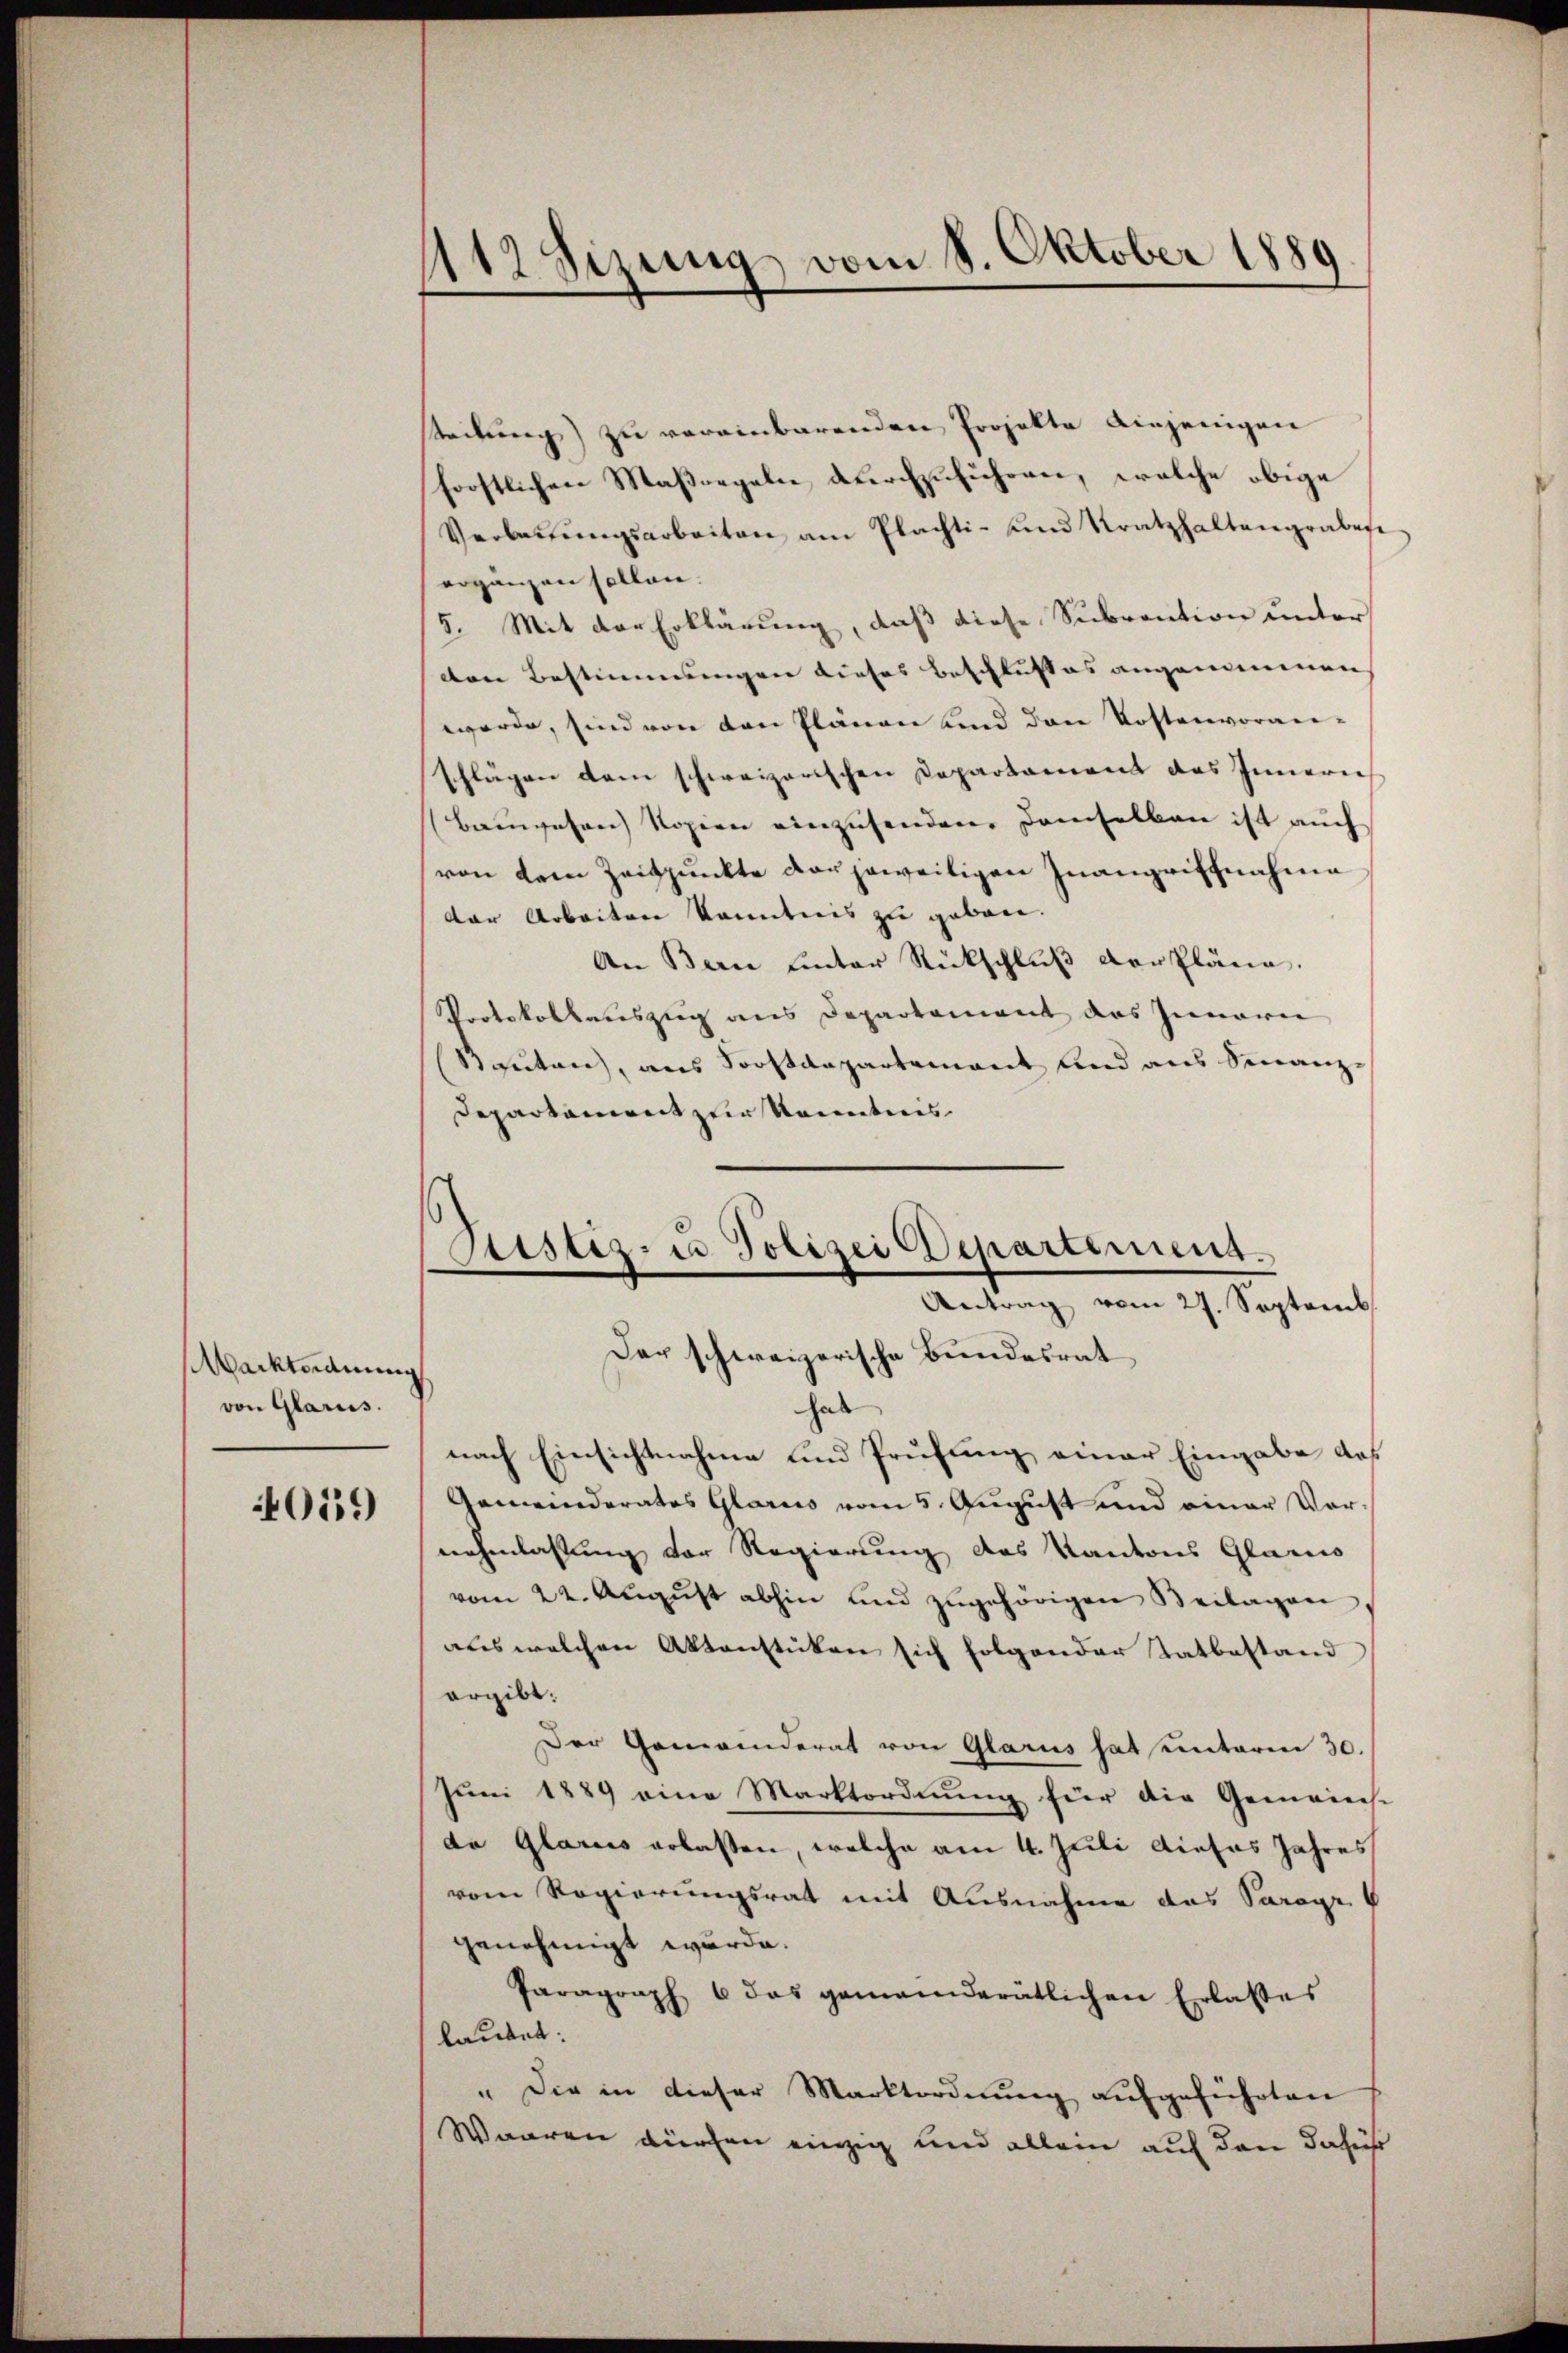
Warktordnung
von Glarus.

4019

112sizung vom 8. Oktober 1889

steilung) zu vereinbarenden Projekte einjenigen
forstlichen Maßregeln durchzuführen, welche obige
Verbaŭŭngsarbeiten am Plachti- und Kratzhaltengrabest
ergänzen sollen.
5. Mit der Erklärung, daß diese Subvention unter
den Bestimmungen dieses Beschlusses angenommenen |
werde, sind von den Plänen und den Kostenvoran-
schlägen dem schweizerischen Departament das Innern
Bauwesen Kopien einzusenden, demselben ist auch
(von dem Zeitpunkte der jeweiligen Inangriffnahme
der Arbeiten kanntnis zu geben.
An Bern unter Rückschlŭβ verpläne.
Protokollauszug aus Departement das Innern
Bauten, aus Soostdepartement und aus Finanz¬
Departement zur Kenntnis
hab
nach Einsichtnahme und Prüfung einer Eingabe das
Gemeinderates Glarus vom 5. August und einer Vornehmlassung der Regierung des Kantons Glarus
vom 22. Aŭgŭst abhin und zugehörigen Beilagen
aus welchen Aktenstücken sich folgender Tatbestand
ergibt:
Der Gemeinderat von Glarus hat unterm 30.
Juni 1889 eine Marktordnung für die Gemeinst
da Glarus erlassen, welche am 4. Juli dieses Jahres
vom Regierungsrat mit Ausnahme das Saragr
genehmigt wurde.
Paragraph 6 das gemeinderatlichen Erlasses
lautet:
" Die in dieser Marktordnŭng aufgeführten
Waaren dürfen einzig und allein auf den dafür

Sistiz- u Polizei Departement.
Antrag vom 27. Septemb
Der schweizerische Bundesrat